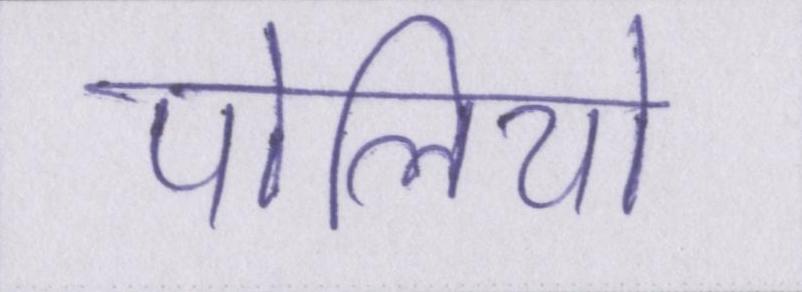
पोलियो